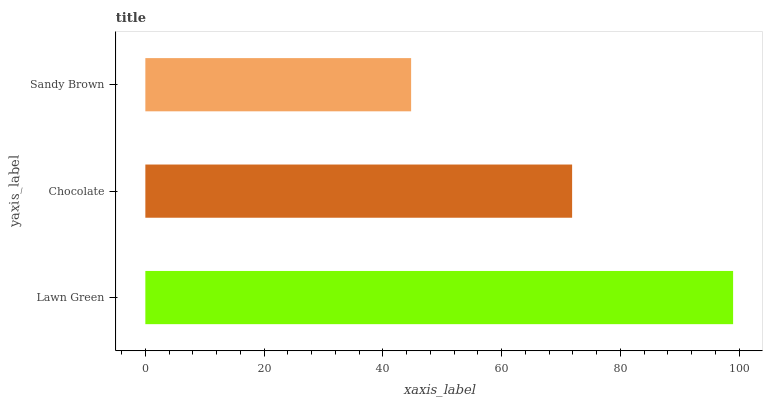
| yaxis_label | bars |
 | --- | --- |
 | Lawn Green | 99 |
 | Chocolate | 71.9 |
 | Sandy Brown | 44.8 |